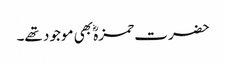
حضرت حمزہؓ بھی موجود تھے۔